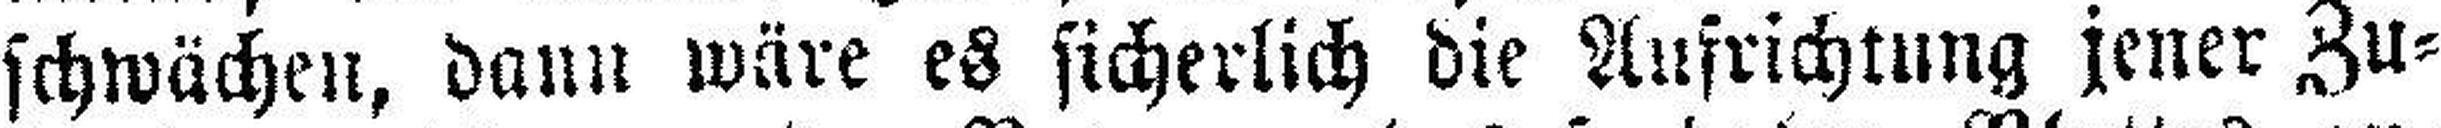
schwächen, dann wäre es sicherlich die Aufrichtung jener Zu¬